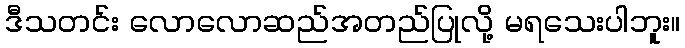
ဒီသတင်း လောလောဆည်အတည်ပြုလို့ မရသေးပါဘူး။